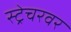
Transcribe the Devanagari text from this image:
स्ट्रेचरवर